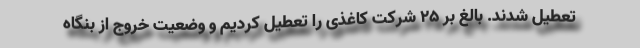
تعطیل شدند. بالغ بر ۲۵ شرکت کاغذی را تعطیل کردیم و وضعیت خروج از بنگاه